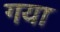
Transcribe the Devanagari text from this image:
गया